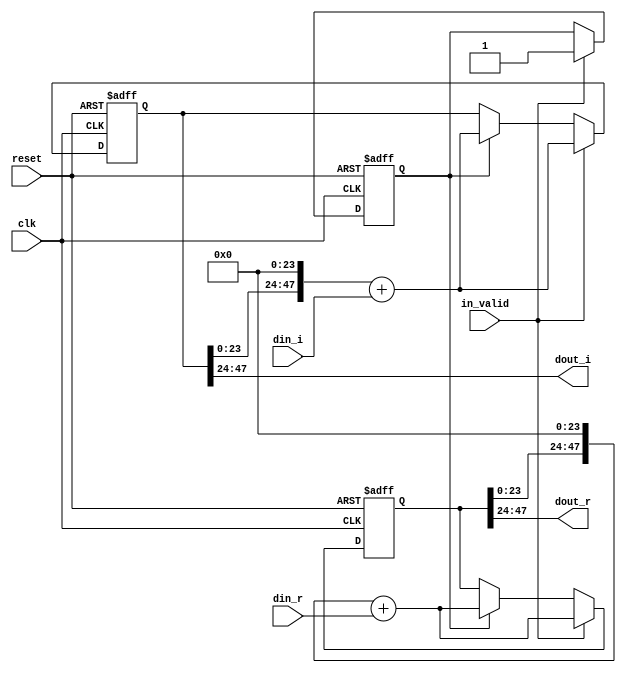
// --------------------------------------------------------------------
// >>>>>>>>>>>>>>>>>>>>>>>>> COPYRIGHT NOTICE <<<<<<<<<<<<<<<<<<<<<<<<<
// --------------------------------------------------------------------
// Github: https://github.com/abdelazeem201
// Description: shift_2 module
// Dependencies: 
// Since: 2021-12-22 5:16:18
// LastEditors: ahmed abdelazeem
// LastEditTime: 2021-12-22 5:16:18
// ********************************************************************
// Module Function
module shift_2(
		input wire clk,
		input wire reset,
		input wire in_valid,
		input wire signed [23:0] din_r,
		input wire signed [23:0] din_i,
		output wire signed [23:0] dout_r,
		output wire signed [23:0] dout_i
	);
	integer i ;
	reg [47:0] shift_reg_r ;
	reg [47:0] shift_reg_i ;
	reg [47:0] tmp_reg_r ;
	reg [47:0] tmp_reg_i ;
	reg [2:0] counter_2,next_counter_2;
	reg valid,next_valid;

	assign dout_r    = shift_reg_r[47:24];
	assign dout_i    = shift_reg_i[47:24];

	always@(posedge clk or posedge reset)begin
		if(reset)begin
			shift_reg_r <= 0;
			shift_reg_i <= 0;
			counter_2  <= 0;
			valid <= 0;
		end
		else 
		if (in_valid)begin
			counter_2        <= next_counter_2;
			shift_reg_r      <= (tmp_reg_r<<24) + din_r;
			shift_reg_i      <= (tmp_reg_i<<24) + din_i;
			valid            <= in_valid;
		end else if(valid)begin
			counter_2        <= next_counter_2;
			shift_reg_r      <= (tmp_reg_r<<24) + din_r;
			shift_reg_i      <= (tmp_reg_i<<24) + din_i;
			valid            <= next_valid;
		end
	end
	
		always@(*)begin
		next_counter_2 = counter_2 + 2'd1;
		tmp_reg_r = shift_reg_r;
		tmp_reg_i = shift_reg_i;
		next_valid = valid;
	end

endmodule